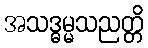
အသဒ္ဓမ္မသညတ္တိ